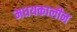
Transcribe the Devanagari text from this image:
मधयकालीन